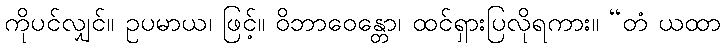
ကိုပင်လျှင်။ ဥပမာယ၊ ဖြင့်။ ဝိဘာဝေန္တော၊ ထင်ရှားပြလိုရကား။ “တံ ယထာ